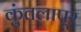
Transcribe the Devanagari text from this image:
कुंतलापूर